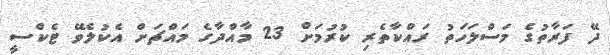
ދޭ ފަރާތުގެ މަސްލަހަތު ރައްކާތެރި ކުރުމަށް 23 މާއްދާގެ މައްޗަށް އެކުލެވޭ ޓެކްސީ